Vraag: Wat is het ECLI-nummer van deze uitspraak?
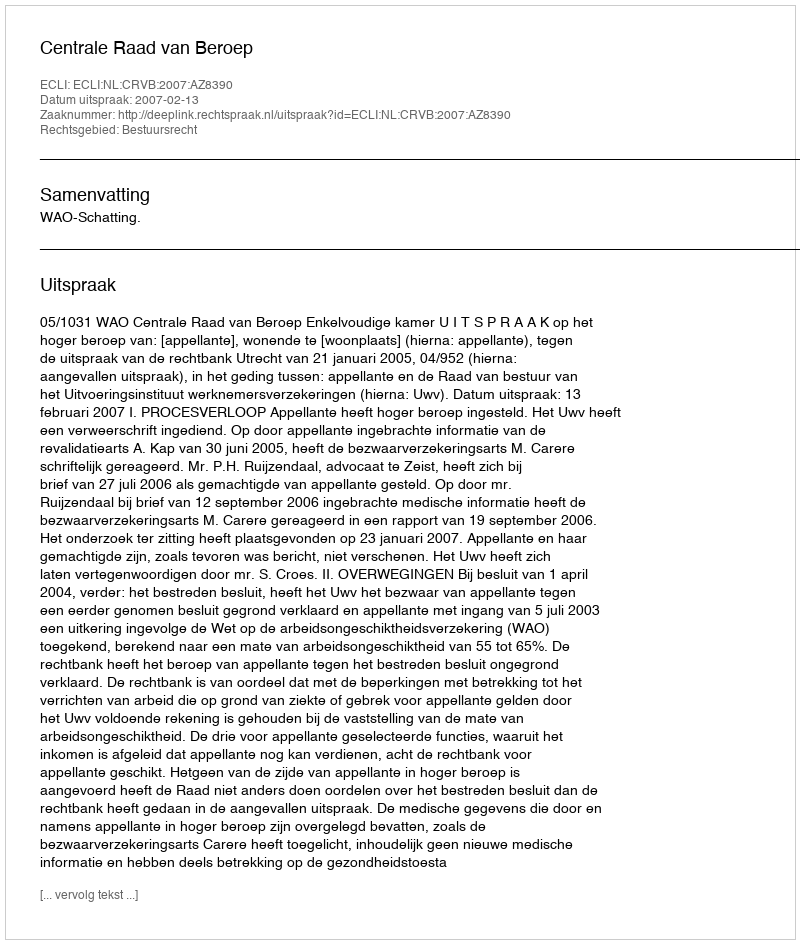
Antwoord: ECLI:NL:CRVB:2007:AZ8390